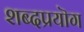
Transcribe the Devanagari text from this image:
शब्दप्रयॊग